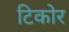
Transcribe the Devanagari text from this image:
टिकोर